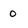
Character: o